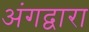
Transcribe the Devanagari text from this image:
अंगद्वारा